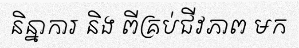
និន្នាការ និង ពីគ្រប់ជីវភាព មក